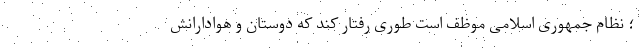
؛ نظام جمهوری اسلامی موظف است طوری رفتار کند که دوستان و هوادارانش